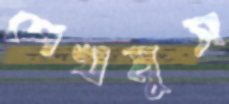
শেখমুস